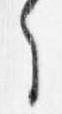
之